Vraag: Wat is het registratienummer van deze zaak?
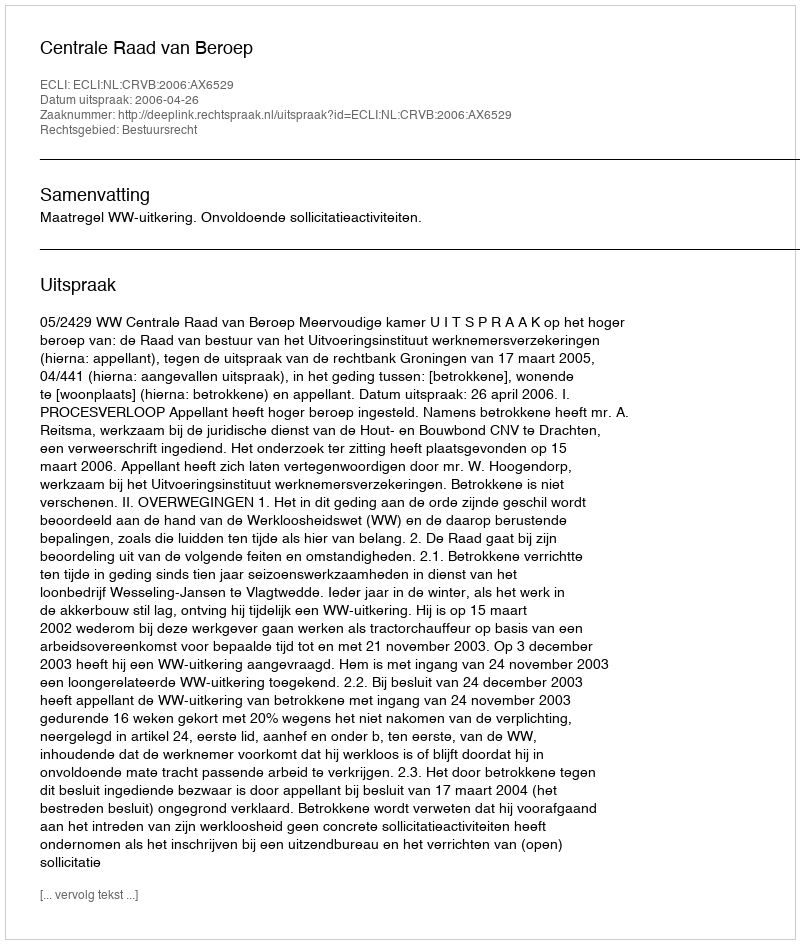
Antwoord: http://deeplink.rechtspraak.nl/uitspraak?id=ECLI:NL:CRVB:2006:AX6529